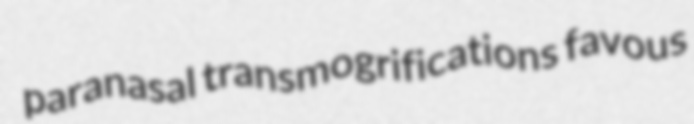
paranasal transmogrifications favous